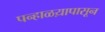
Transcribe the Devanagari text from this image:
पन्हाळय़ापासून